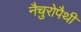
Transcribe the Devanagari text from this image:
नैचुरोपैथी